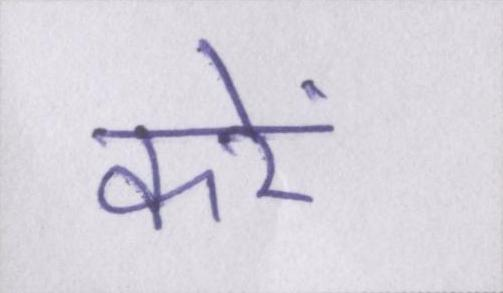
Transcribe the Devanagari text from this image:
करें